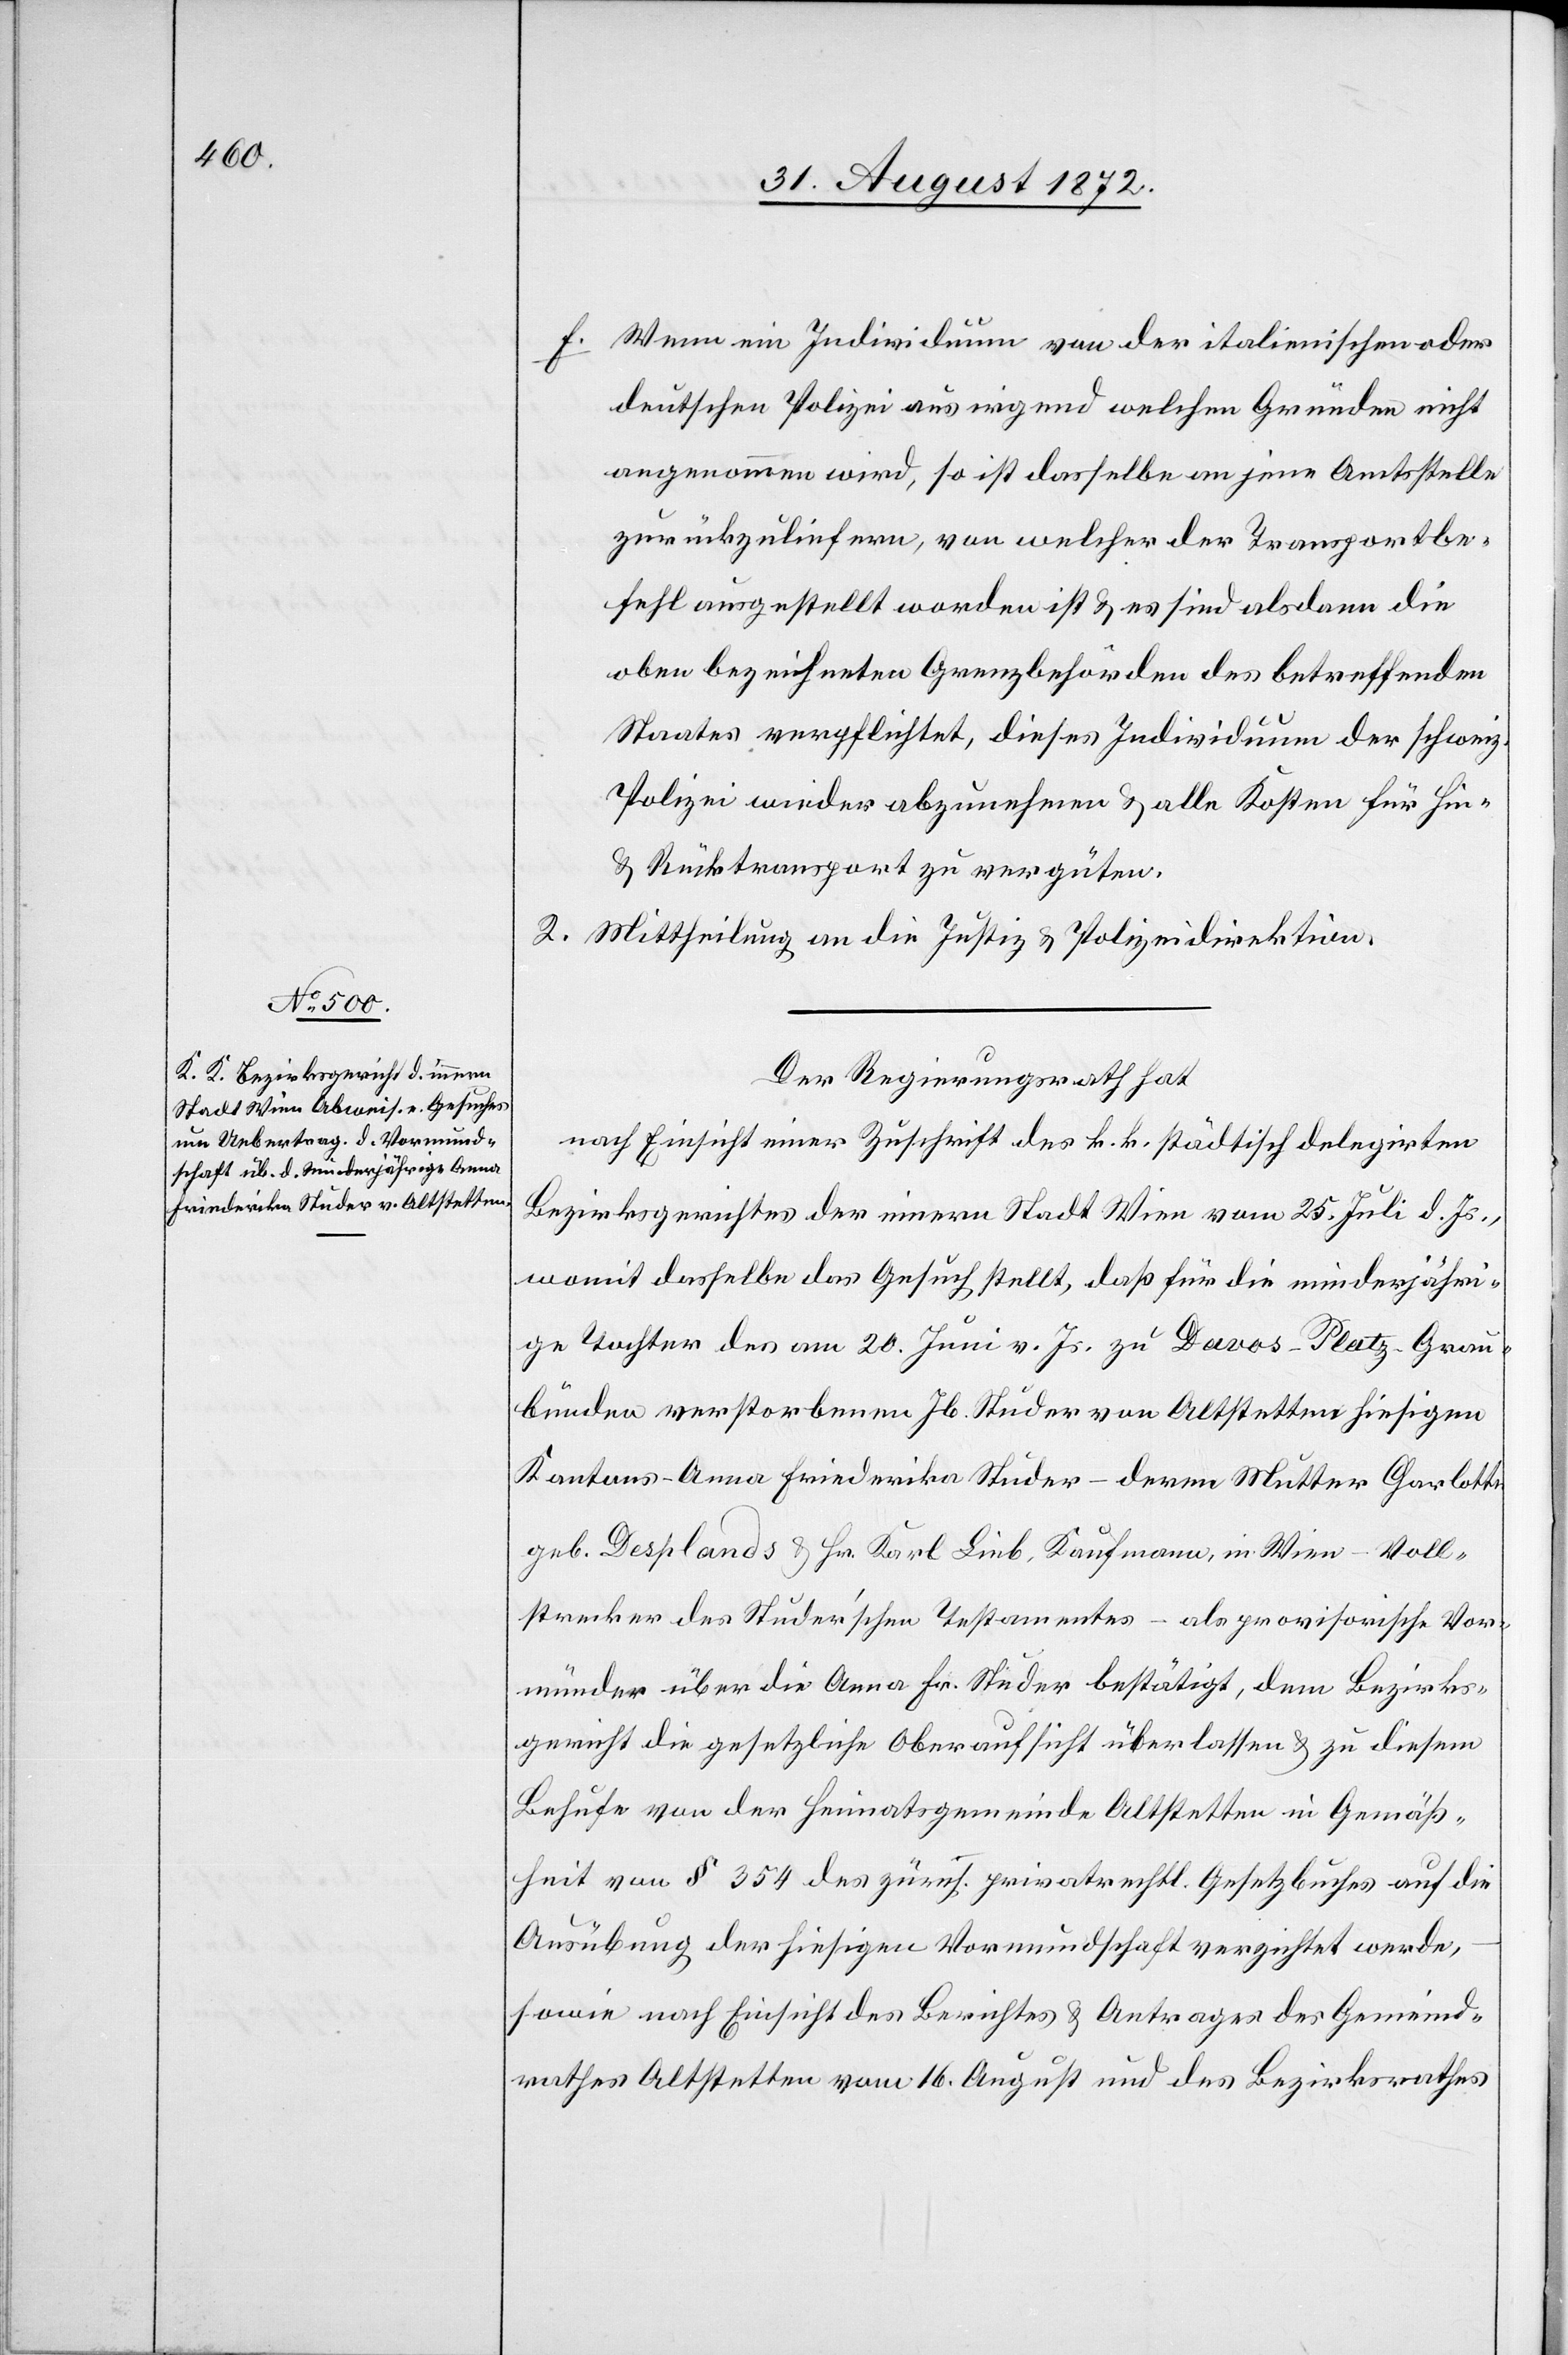
Wenn ein Individuum von der italienischen oder
deutschen Polizei aus irgend welchen Gründen nicht
angenommen wird, so ist dasselbe an jene Amtsstelle
zurückzuliefern, von welcher der Transportbe¬
fehl ausgestellt worden ist u. es sind alsdann die
oben bezeichneten Grenzbehörden des betreffenden
Staates verpflichtet, dieses Individuum der schweiz.
Polizei wieder abzunehmen u. alle Kosten für Hin-
u. Rücktransport zu vergüten.
2. Mittheilung an die Justiz- u. Polizeidirektion.
Der Regierungsrath hat
nach Einsicht einer Zuschrift des k. k. städtisch delegirten
Bezirksgerichtes der innern Stadt Wien vom 25. Juli d. Js.,
womit dasselbe das Gesuch stellt, daß für die minderjähri¬
ge Tochter des am 20. Juni v. Js. zu Davos-Platz-Grau¬
bünden verstorbenen Jb. Studer von Altstetten hiesigen
Kantons – Anna Friederika Studer – deren Mutter Charlotte
geb. Desplands u. Hr. Karl Lieb, Kaufmann, in Wien – Voll¬
strecker des Studer’schen Testamentes – als provisorische Vor¬
münder über die Anna Fr. Studer bestätigt, dem Bezirks¬
gericht die gesetzliche Oberaufsicht überlassen u. zu diesem
Behufe von der Heimatsgemeinde Altstetten in Gemäß¬
heit von § 354 des zürch. privatrechtl. Gesetzbuches auf die
Ausübung der hiesigen Vormundschaft verzichtet werde,
sowie nach Einsicht des Berichtes u. Antrages des Gemeind¬
rathes Altstetten vom 16. August und des Bezirksrathes